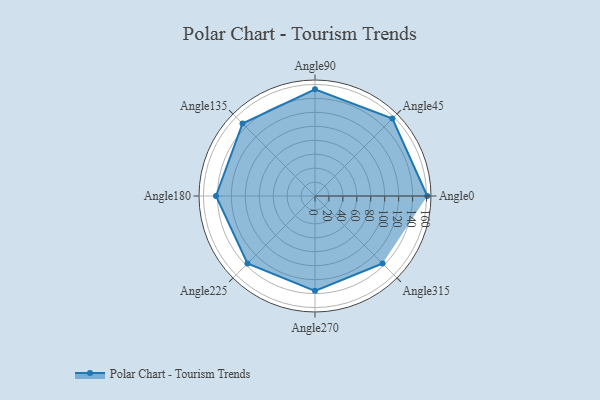
{"axis": {"x": "Angle", "y": "Radius"}, "legend": [""], "data": [{"x": "Angle0", "y": 161.0, "type": ""}, {"x": "Angle45", "y": 157.0, "type": ""}, {"x": "Angle90", "y": 153.0, "type": ""}, {"x": "Angle135", "y": 147.0, "type": ""}, {"x": "Angle180", "y": 142.0, "type": ""}, {"x": "Angle225", "y": 137.0, "type": ""}, {"x": "Angle270", "y": 136.0, "type": ""}, {"x": "Angle315", "y": 137.0, "type": ""}]}